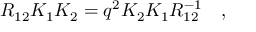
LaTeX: R _ { 1 2 } K _ { 1 } K _ { 2 } = q ^ { 2 } K _ { 2 } K _ { 1 } R _ { 1 2 } ^ { - 1 } \quad ,